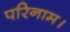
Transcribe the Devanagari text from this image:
परिनाम।